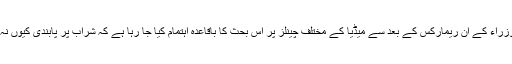
جبکہ وفاقی وزراء کے ان ریمارکس کے بعد سے میڈیا کے مختلف چینلز پر اس بحث کا باقاعدہ اہتمام کیا جا رہا ہے کہ شراب پر پابندی کیوں نہ ہٹائی جائے؟